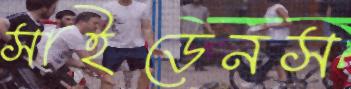
সাইডেনস